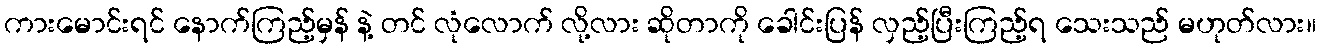
ကားမောင်းရင် နောက်ကြည့်မှန် နဲ့ တင် လုံလောက် လို့လား ဆိုတာကို ခေါင်းပြန် လှည့်ပြီးကြည့်ရ သေးသည် မဟုတ်လား။